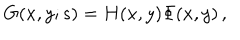
LaTeX: G ( x , y ; s ) = H ( x , y ) \Phi ( x , y ) \, ,